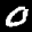
Label: 0